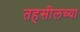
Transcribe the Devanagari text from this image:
तहसीलच्या